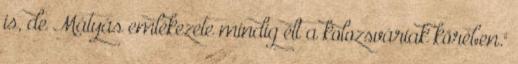
is, de Mátyás emlékezete mindig élt a kolozsváriak körében."